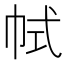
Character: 𢂑